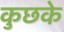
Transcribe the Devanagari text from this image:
कुछके